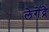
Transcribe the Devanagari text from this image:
लेगेंद्रे